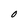
Character: O